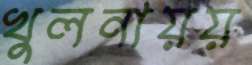
খুলনায়য়